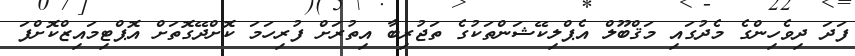
ފަދަ ދިވެހިންގެ މެދުގައި މަޤްބޫލް އެޕްލިކޭޝަންތަކުގެ ތަޖުރިބާ އިތުރަށް ފުރިހަމަ ކޮށްދޭގޮތަށް އޮޕްޓިމައިޒްކޮށްފަ